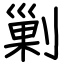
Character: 剿